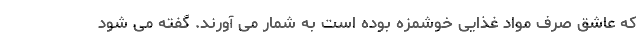
که عاشق صرف مواد غذایی خوشمزه بوده است به شمار می آورند. گفته می شود